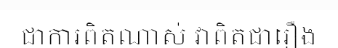
ជាការពិតណាស់ វាពិតជារឿង